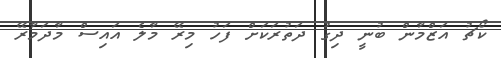
ކޯޗު އަޒްމާން ބުނީ ދިގު ދަތުރަކަށް ފަހު މިރޭ މާލެ އައިސް މާދަމާރޭ